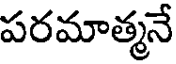
పరమాత్మనే